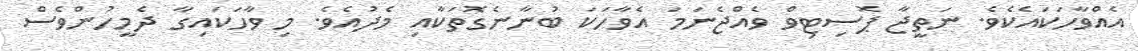
އެއްވާހަކައެކެވެ. ނަތީޖާ ޕޮސިޓިވް ވެއްޖެނަމަ އެވާހަކަ ބުނާނެގޮތަކާއި މެދުއެވެ. މި ވާހަކައިގާ ދެމީހުންވެސް